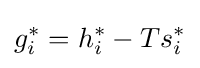
g_{i}^{*}=h_{i}^{*}-Ts_{i}^{*}